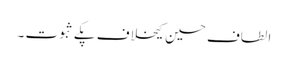
الطاف حسین کیخلاف پکے ثبوت ۔